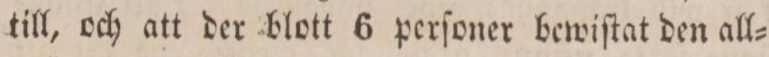
till, och att der blott 6 perſoner bewiſtat den all=